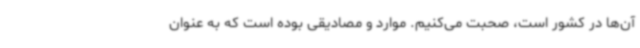
آن‌ها در کشور است، صحبت می‌کنیم. موارد و مصادیقی بوده است که به عنوان